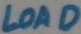
Text: LOAD